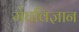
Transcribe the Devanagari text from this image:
मेघविज्ञान